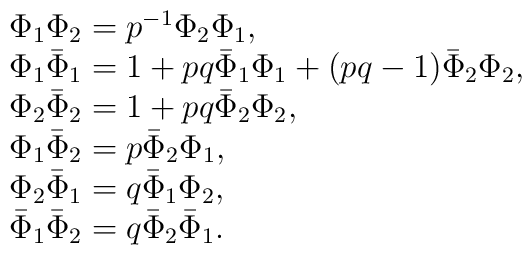
\begin{array}{l}\Phi_{1}\Phi_{2}=p^{-1}\Phi_{2}\Phi_{1},\\\Phi_{1}\bar{\Phi}_{1}=1+pq\bar{\Phi}_{1}\Phi_{1}+(pq-1)\bar{\Phi}_{2}\Phi_{2},\\\Phi_{2}\bar{\Phi}_{2}=1+pq\bar{\Phi}_{2}\Phi_{2},\\\Phi_{1}\bar{\Phi}_{2}=p\bar{\Phi}_{2}\Phi_{1},\\\Phi_{2}\bar{\Phi}_{1}=q\bar{\Phi}_{1}\Phi_{2},\\\bar{\Phi}_{1}\bar{\Phi}_{2}=q\bar{\Phi}_{2}\bar{\Phi}_{1}.\end{array}